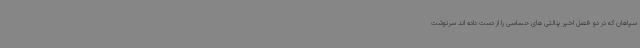
سپاهان که در دو فصل اخیر پنالتی های حساسی را از دست داده اند سرنوشت